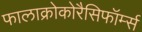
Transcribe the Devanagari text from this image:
फालाक्रोकोरैसिफॉर्म्स